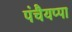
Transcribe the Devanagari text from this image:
पंचैयप्पा